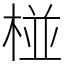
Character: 椪